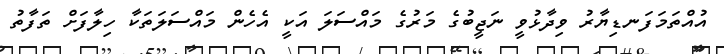
އުއްތަމަފަނޑިޔާރު ވިދާޅުވީ ނަޖީބުގެ މަރުގެ މައްސަލަ އަކީ އެހެން މައްސަލަތަކާ ހިލާފަށް ތަފާތު